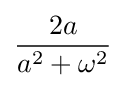
{\frac {2a}{a^{2}+\omega ^{2}}}